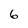
Character: 6